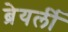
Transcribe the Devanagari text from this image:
ब्रेयर्ली